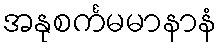
အနုစင်္ကမမာနာနံ